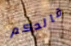
قائدكم